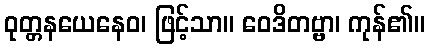
ဝုတ္တနယေနေဝ၊ ဖြင့်သာ။ ဝေဒိတဗ္ဗာ၊ ကုန်၏။